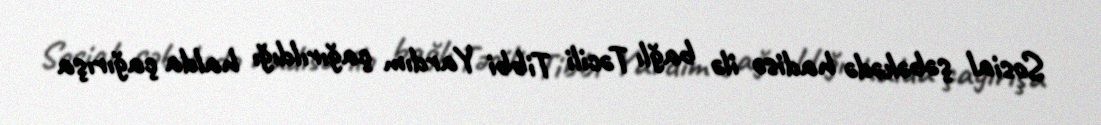
Sosial şəbəkədə hadisə ilə bağlı Təcili Tibbi Yardım çağırıldığı halda çağırışa